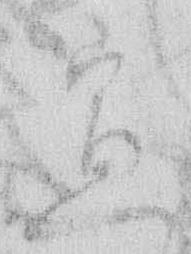
宣